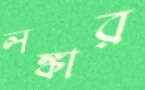
লঙ্কার